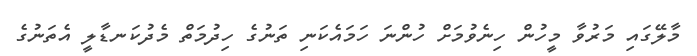
މާލޭގައި މަރުވާ މީހުން ހިނެވުމަށް ހުންނަ ހަމައެކަނި ތަނުގެ ހިދުމަތް މެދުކަނޑާލީ އެތަނުގެ